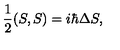
{ \frac { 1 } { 2 } } ( S , S ) = i \hbar \Delta S ,